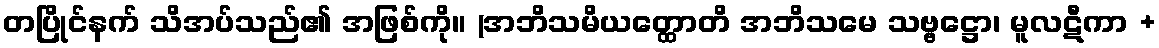
တပြိုင်နက် သိအပ်သည်၏ အဖြစ်ကို။ (အဘိသမိယတ္ထောတိ အဘိသမေ သဗ္ဗဋ္ဌော၊ မူလဋီကာ +